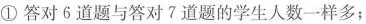
①答对6道题与答对7道题的学生人数一样多;